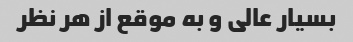
بسیار عالی و به موقع از هر نظر